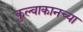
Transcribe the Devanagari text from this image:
कुल्वाकानच्या